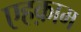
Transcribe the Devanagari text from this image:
एहक़ाम